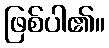
ဖြစ်ပါ၏။